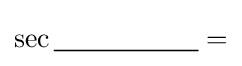
\sec {\underline {\;~~~~~~~~~~~~~~\;}}=